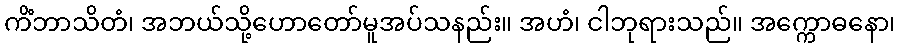
ကိံဘာသိတံ၊ အဘယ်သို့ဟောတော်မူအပ်သနည်း။ အဟံ၊ ငါဘုရားသည်။ အက္ကောဓနော၊